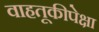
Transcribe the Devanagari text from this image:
वाहतूकीपेक्षा